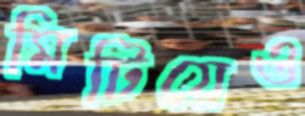
মিটিয়েও